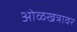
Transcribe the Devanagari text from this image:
ओळखत्रावर